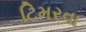
ટિમરવા